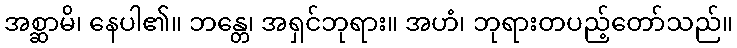
အစ္ဆာမိ၊ နေပါ၏။ ဘန္တေ၊ အရှင်ဘုရား။ အဟံ၊ ဘုရားတပည့်တော်သည်။